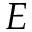
E